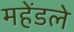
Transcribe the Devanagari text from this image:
महेंडले